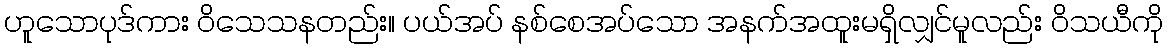
ဟူသောပုဒ်ကား ဝိသေသနတည်း။ ပယ်အပ် နစ်စေအပ်သော အနက်အထူးမရှိလျှင်မူလည်း ဝိသယီကို